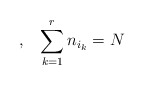
\begin{align*},\,\,\,\,\,\sum_{k=1}^{r}n_{i_{k}}=N\end{align*}